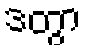
ဒတွာ